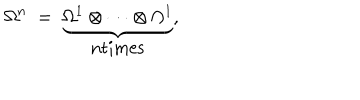
LaTeX: \Omega ^ { n } \; = \; \underbrace { \Omega ^ { 1 } \otimes \cdots \otimes \Omega ^ { 1 } } _ { \mathrm { n t i m e s } } ,